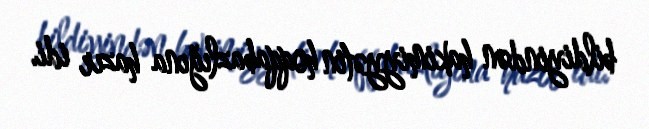
bildiyindən hakimiyyətin hoqqabazlığına hazır idi.